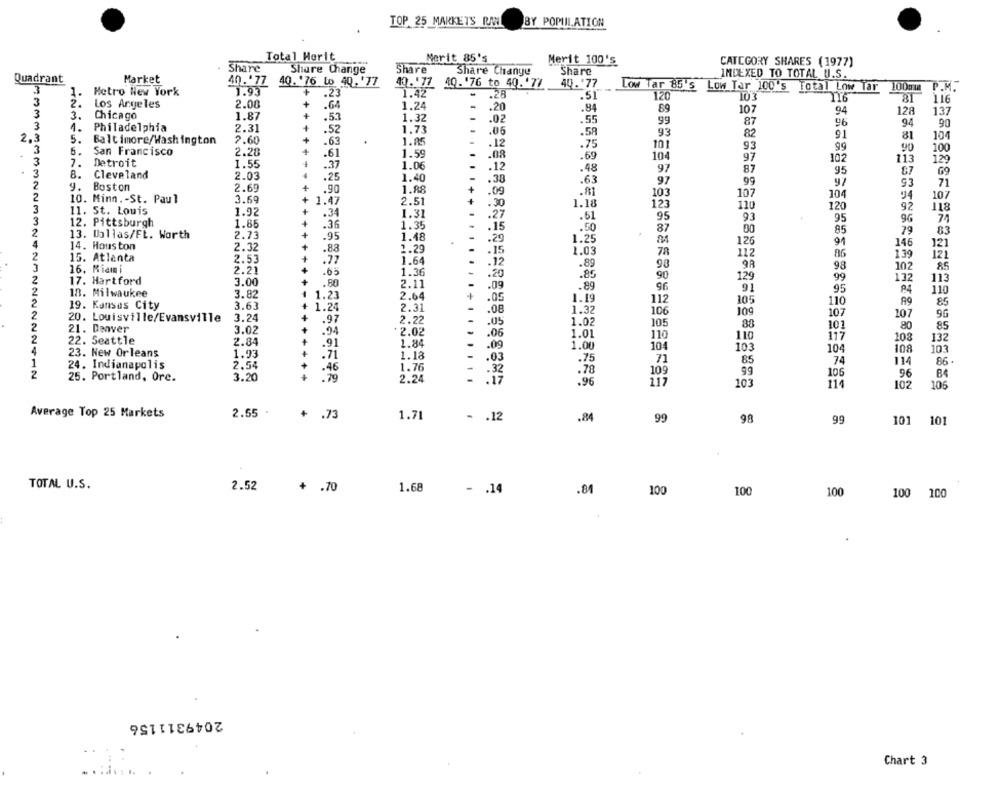
TOP 25 MARKETS RANL
BY POPULATION
Total Horit
Merit 85's
Merit 100's
CATEGORY SHARES (1977)
Share
Share Change
Share
Share Change
Share
Quadrant
Market
INDEXED TO TOTAL U.S.
40.77
40. '76 Lo 40.'77
40.'77 40. '76 to 40.'7/
44.77
Low Tar 85's Low Tar 100's Total Low Tar
100mm
P.M.
3
1.
Metro New York
1.93
.23
1.42
.28
.51
120
103
2.
Los Angeles
2.08
+
31
116
.64
1.24
.20
.84
89
107
9.4
128
137
3
3.
Chicago
1.87
+
.53
1.32
.02
.55
99
3
1.
Philadelphia
2.31
+
87
96
16
94
90
.52
1.73
.06
.58
93
82
81
2,3
5.
Baltimore/Washington
2.60
+
.63
1.85
.75
101
104
3
6.
.12
93
99
90
100
San Francisco
2.28
.61
1.59
.08
.69
104
97
102
113
129
3
7.
Detroit
1.55
.37
1.06
3
8.
Cleveland
2.03
.12
.48
97
87
95
87
G9
--
.25
1.40
.38
.63
97
99
93
2
9.
Boston
2.69
+
.90
1.88
+
71
2
3.69
.09
.81
103
107
104
94
107
10. Minn .- St. Paul
+ 1.47
2.51
.30
1.18
123
110
120
92
3
11. St. Louis
1.92
.34
1.31
.27
.61
118
3
95
93
95
96
12. Pittsburgh
1.85
.36
1.35
.15
.50
87
79
2
13. Dallas/Ft. Worth
2.73
.95
1.48
.29
85
83
4
14. Houston
1.25
126
91
146
121
2.32
.88
1.29
.15
1.03
112
2
15. Atlanta
2.53
.77
1.64
78
86
139
3
16. Miami
2.21
.12
.89
98
98
98
102
85
2
.65
1.36
.20
.85
90
129
99
132
113
17. Hartford
3.00
.80
2.11
.09
.89
2
18. Milwaukee
96
9
95
P4
110
3.82
1.23
2.64
.05
1.19
112
105
110
19. Kansas City
3.63
1.24
2.31
1.32
85
2
3.24
+
.08
106
109
107
107
96
20. Louisville/Evansville
.97
2.22
.05
1.02
105
20
85
21. Denver
3.02
.94
2.02
101
2
22. Seattle
2.84
+
.06
1.01
110
110
117
108
132
.91
1.84
.09
1.00
104
103
104
103
4
23. New Orleans
1.93
+
.71
1.18
.03
108
24. Indianapolis
2.54
.75
71
85
74
11
86.
.46
1.76
.32
.78
109
99
106
96
25. Portland, Ore.
3.20
.79
2.24
.17
84
.96
217
103
114
102
106
Average Top 25 Markets
2.55 .
+ .73
1.71
- . 12
.84
99
98
99
101
101
TOTAL U.S.
2.52
+ .70
1.68
- . 14
100
100
.84
100
100 100
2049311156
Chart 3